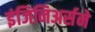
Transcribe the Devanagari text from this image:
इंजिनिअर्सने